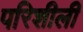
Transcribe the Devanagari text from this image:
परिशीली